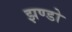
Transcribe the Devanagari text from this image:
झण्डो